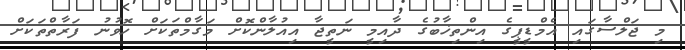
މި ޖަލްސާގައި އެމްޑީޕީގެ އިންތިޚާބުގެ ދާއިމީ ނަތީޖާ އިއުލާންކޮށް މަގާމްތަކަށް ހޮވުނު ފަރާތްތަކަށް